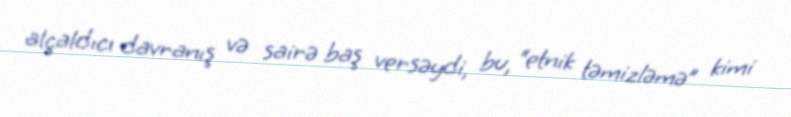
alçaldıcı davranış və sairə baş versəydi, bu, “etnik təmizləmə” kimi